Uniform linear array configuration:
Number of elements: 4
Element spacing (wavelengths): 0.5
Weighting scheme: binomial
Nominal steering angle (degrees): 30
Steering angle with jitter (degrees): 30.591
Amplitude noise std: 0.05
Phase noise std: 0.05

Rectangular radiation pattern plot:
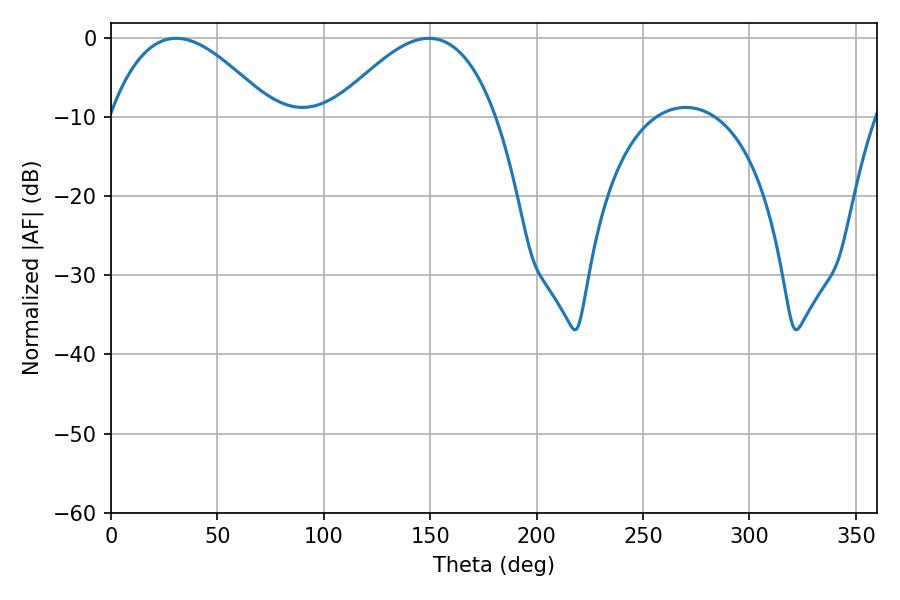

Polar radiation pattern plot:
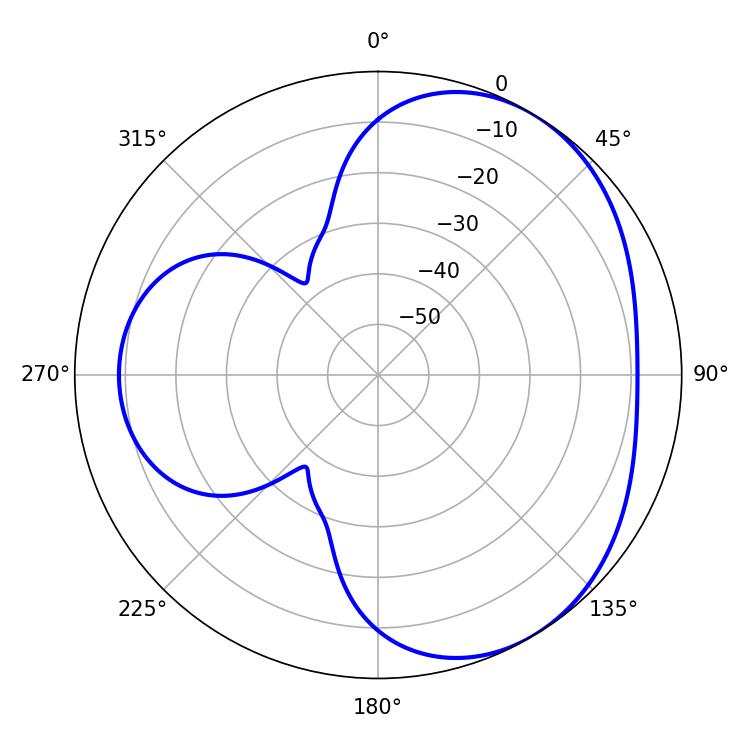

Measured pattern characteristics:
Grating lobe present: FALSE
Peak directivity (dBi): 3.892
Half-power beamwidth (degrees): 41.58
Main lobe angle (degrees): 30.6